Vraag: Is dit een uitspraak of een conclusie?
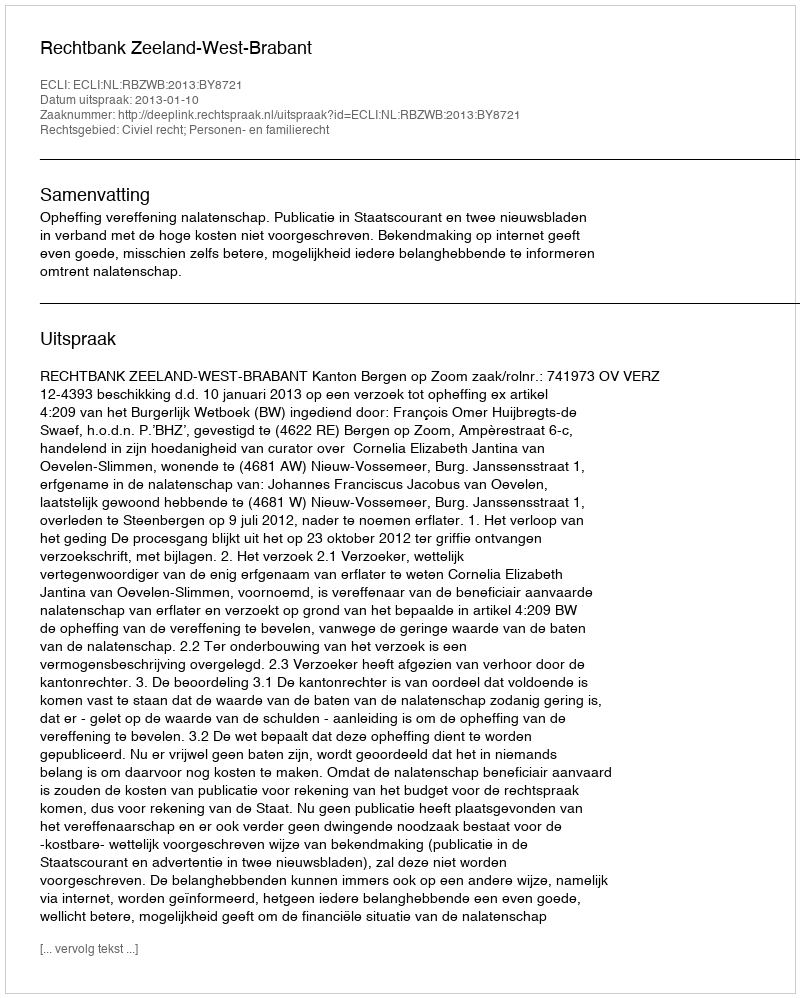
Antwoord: Uitspraak